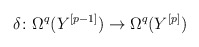
\begin{align*}\delta \colon \Omega^q(Y^{[p-1]}) \to \Omega^q(Y^{[p]})\end{align*}